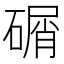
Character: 碿